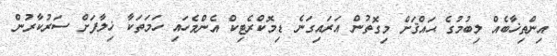
އިންތިޚާބެއް ލިބުމުގެ ޙައްޤަށް މިގޮތުން އަރައިގަނެ ޑިމޮކްރެޓިކް އެންމެހައި ހަމަތަކާ ޚިލާފަށް ސަރުކާރުން